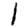
Digit: 1